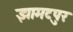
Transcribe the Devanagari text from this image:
झामटपुर